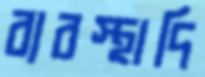
ব্যবস্থাদি